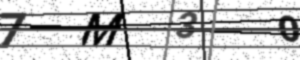
Text: 7M3O